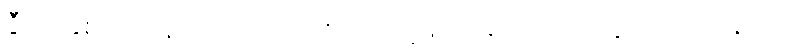
ဒွီဟိ၊ နှစ်ပါးကုန်သော။ ပဒေဟိ၊ ပုဒ်တို့ဖြင့်။ ပရိယာဒိယိတွာ၊ ထက်ဝန်းကျင်